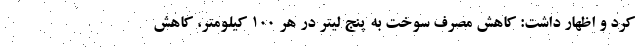
کرد و اظهار داشت: کاهش مصرف سوخت به پنج لیتر در هر 100 کیلومتر، کاهش